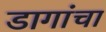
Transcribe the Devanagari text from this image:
डागांचा